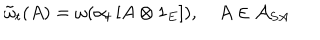
\tilde { \omega } _ { t } ( A ) = \omega ( \alpha _ { t } \left[ A \otimes 1 _ { E } \right] ) , \quad A \in \mathcal { A } _ { S A }